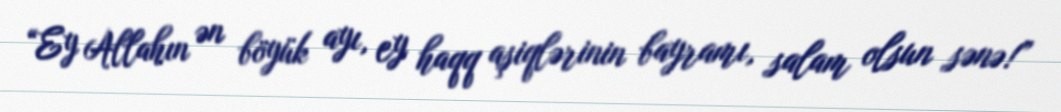
“Ey Allahın ən böyük ayı, ey haqq aşiqlərinin bayramı, salam olsun sənə!”